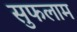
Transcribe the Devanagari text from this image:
सुफलाम